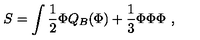
S = \int \frac { 1 } { 2 } \Phi Q _ { B } ( \Phi ) + \frac { 1 } { 3 } \Phi \Phi \Phi \ ,